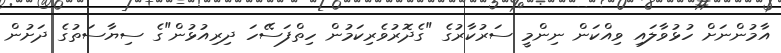
އާމުންނަށް ހުޅުވާލައި ވިއްކަން ނިންމީ ސަރުކާރުގެ "ގެދޮރުވެރިކަމުން ހިތްފަސޭހަ ދިރިއުޅުން"ގެ ސިޔާސަތުގެ ދަށުން